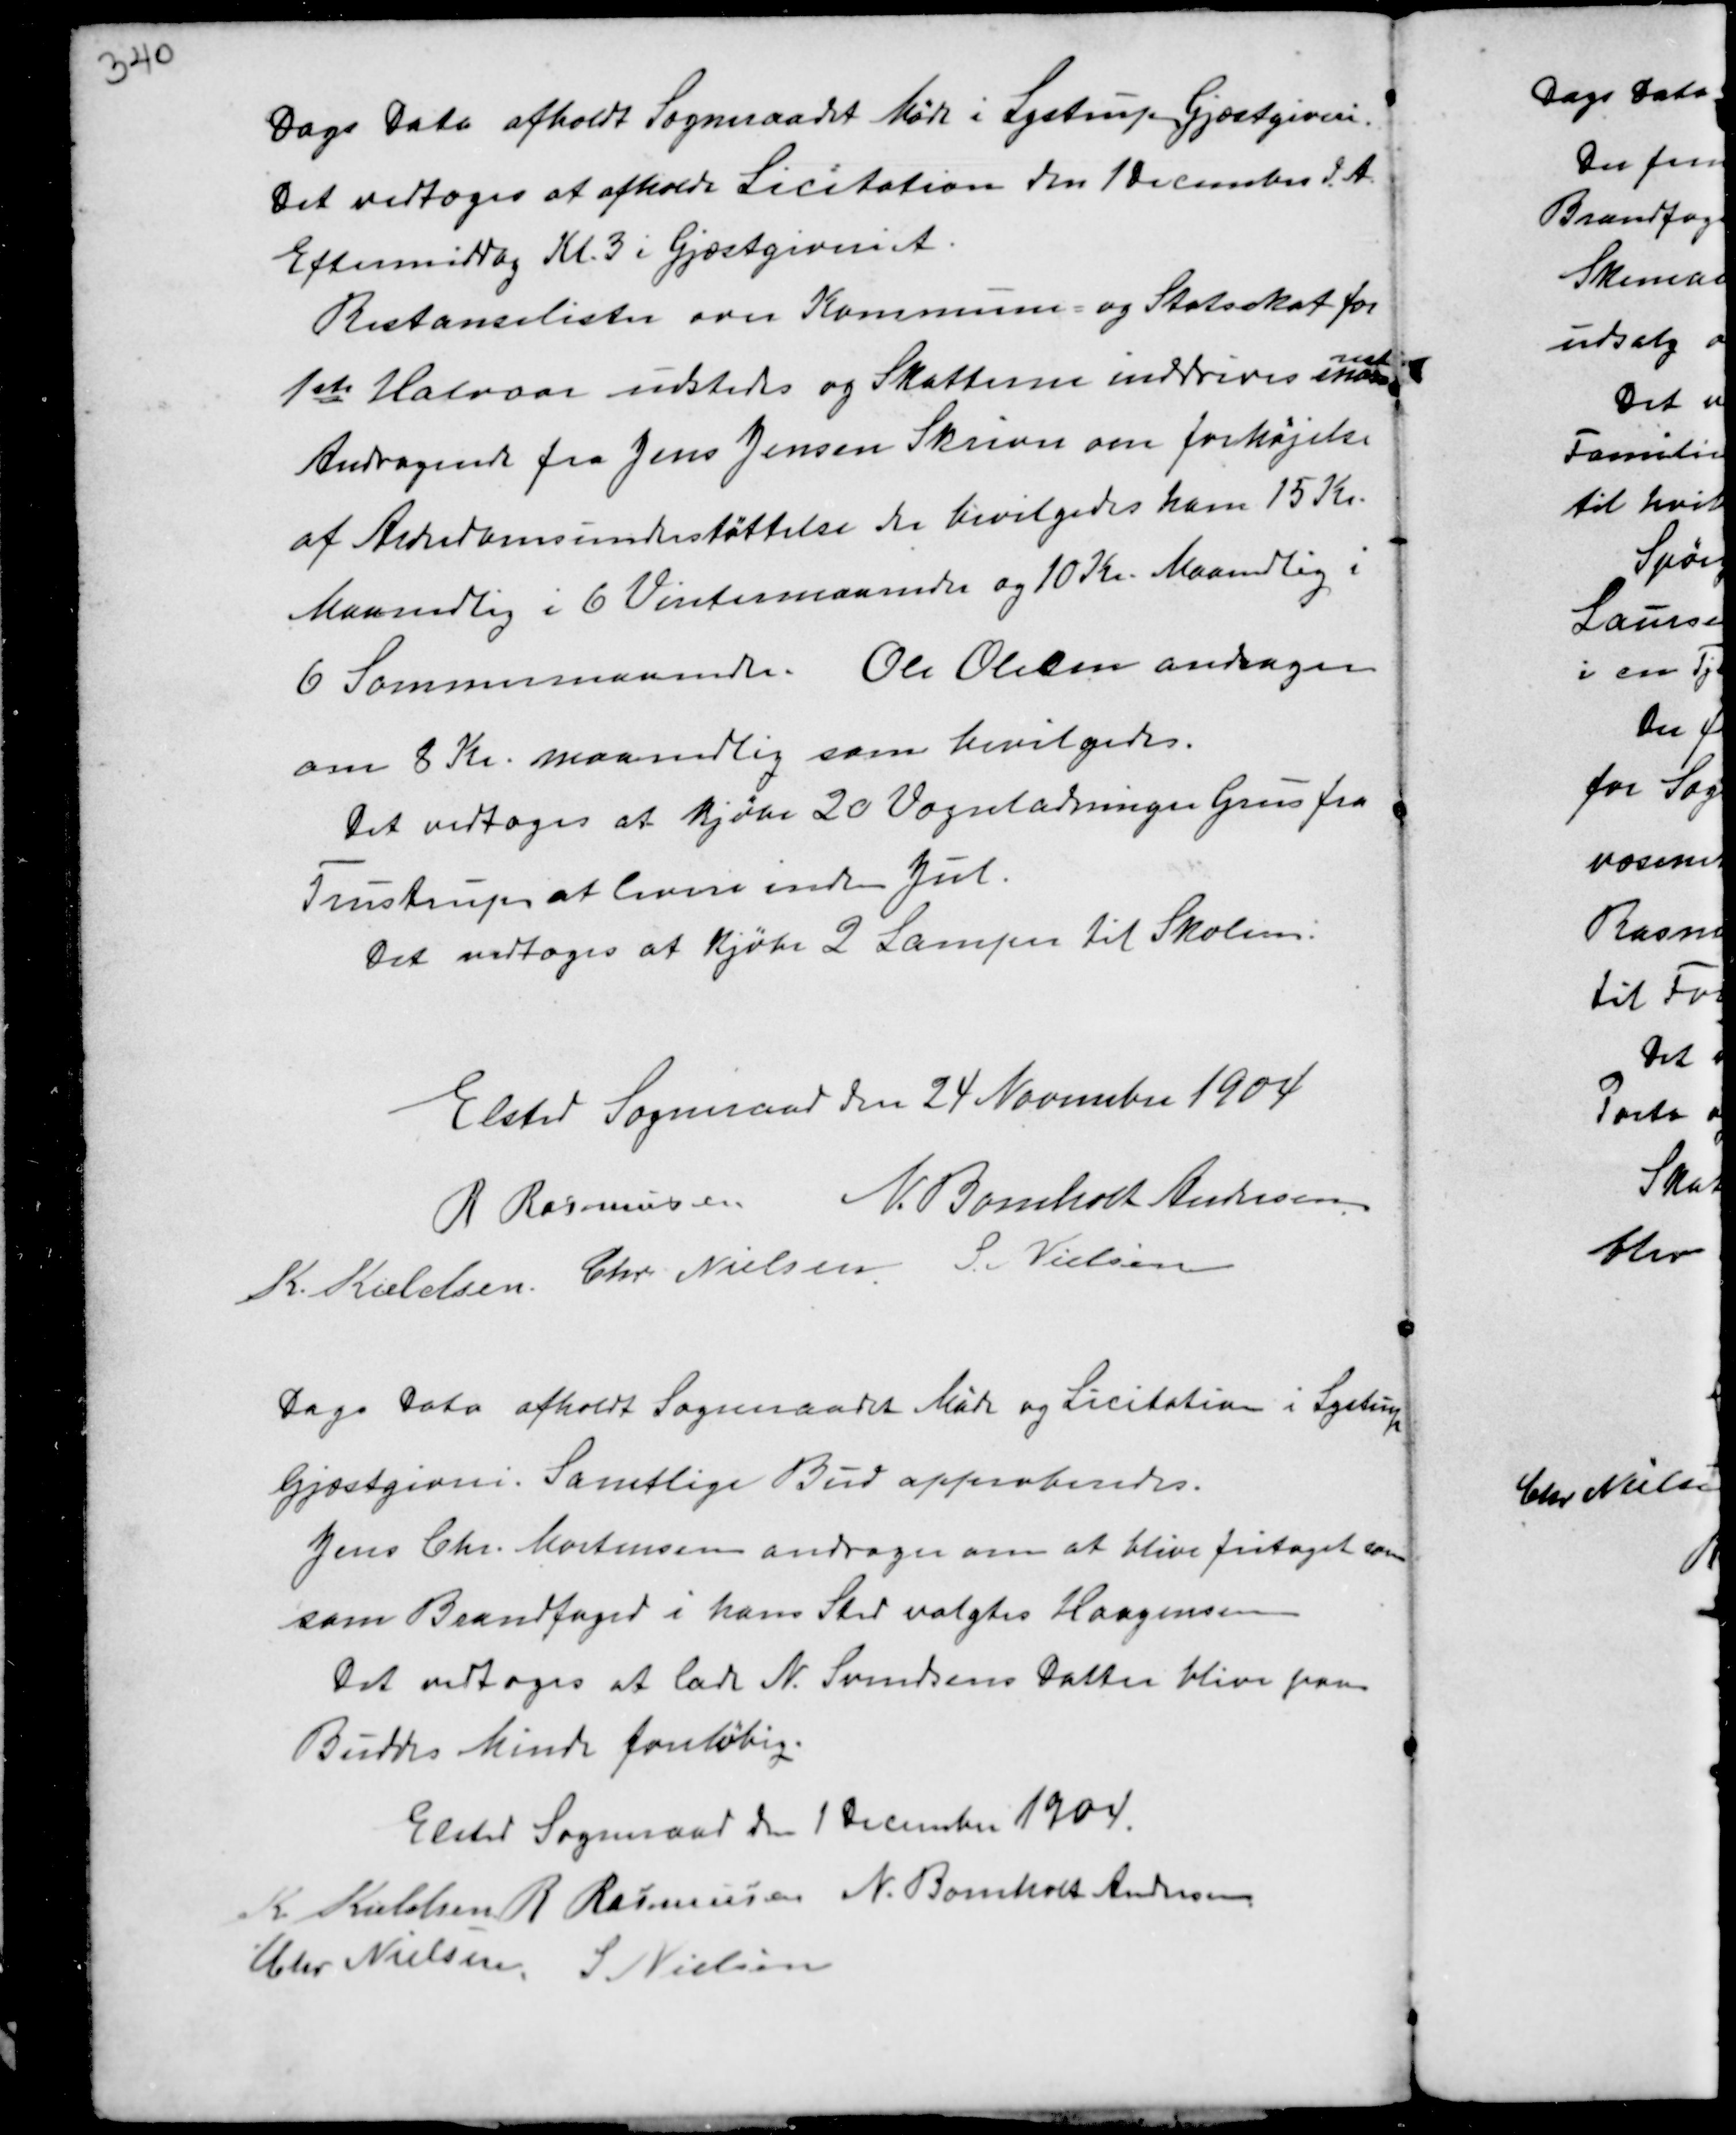
Transskription:
Dags Dato afholdt Sogneraadet Møde i Lystrup Gjæstgiveri.
Det vedtoges at afholde Licitation den 1 December d.A.
Eftermiddag Kl. 3 i Gjæstgiveriet.
Restancelisten over Kommune- og Statsskat for
1ste Halvaar udstedes og Skatterne inddrives sna-
rest
Andragende fra Jens Jensen Skriver om forhøjelse
af Alderdomsunderstøttelse der bevilgedes ham 15 Kr.
Maanedlig i 6 Vintermaaneder og 10 Kr. Maanedlig i
6 Sommermaaneder. Ole Olesen andrager
om 8 Kr. maanedlig som bevilgedes.
Det vedtoges at kjøbe 20 Vognladninger Grus fra
Trustrup at levere inden Jul.
Det vedtoges at kjøbe 2 Lamper til Skolen.

Elsted Sogneraad den 24 November 1904
R Rasmussen N. Bomholt Andersen
K. Kieldsen Chr Nielsen S. Nielsen

Dags Dato afholdt Sogneraadet Møde og Licitation i Lystrup
Gjæstgiveri. Samtlige Bud approberedes.
Jens Chr. Mortensen andrager om at blive fritaget som
som Brandfoged i hans Sted valgtes Haagensen
Det vedtoges at lade N. Svendsens Datter blive paa
Buddes Minde foreløbig.

Elsted Sogneraad den 1 December 1904.
K Kieldsen R Rasmussen N. Bomholt Andersen.
Chr Nielsen. S Nielsen